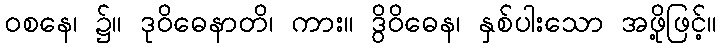
ဝစနေ၊ ၌။ ဒုဝိဓေနာတိ၊ ကား။ ဒွိဝိဓေန၊ နှစ်ပါးသော အဖို့ဖြင့်။